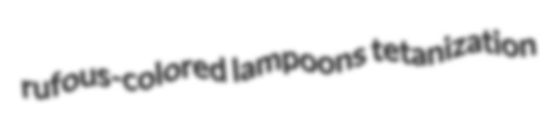
rufous-colored lampoons tetanization